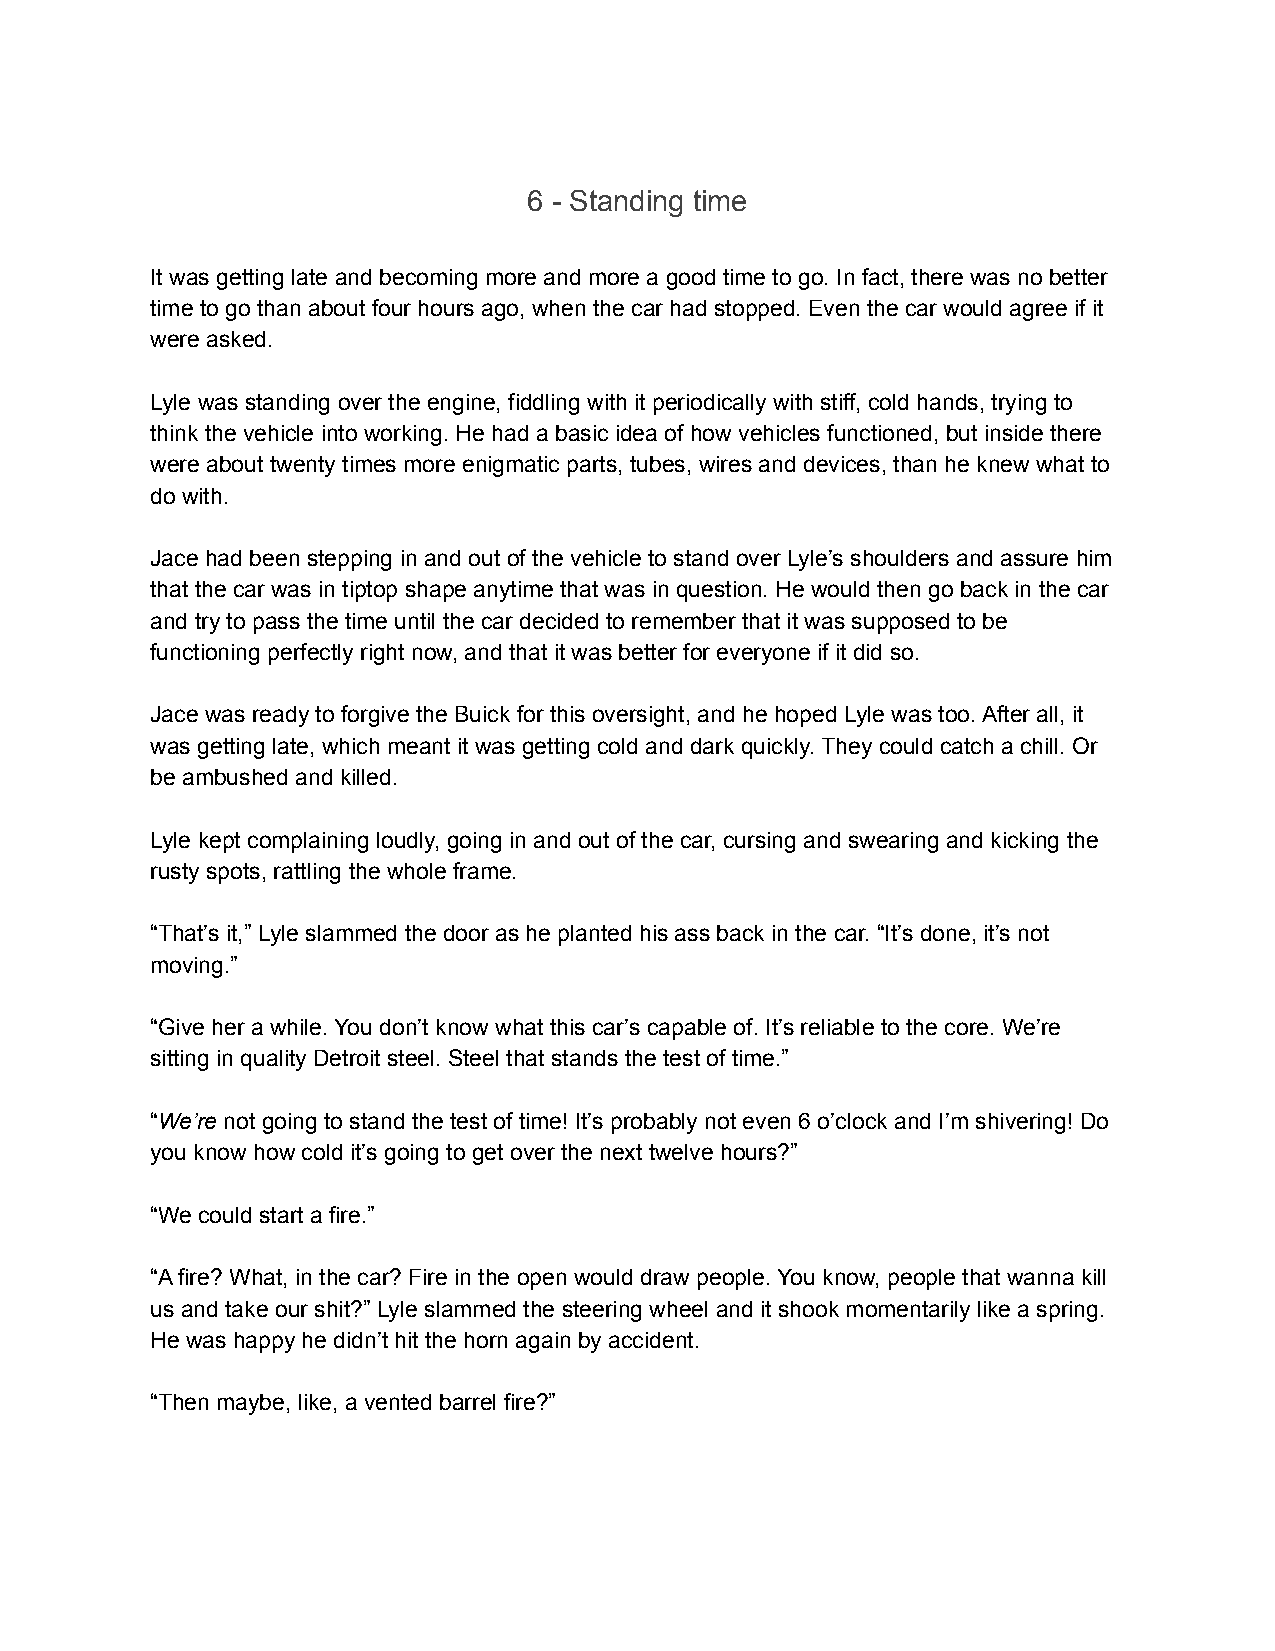
6 - Standing time
 It was getting late and becoming more and more a good time to go. In fact, there was no better
 time to go than about four hours ago, when the car had stopped. Even the car would agree if it
 were asked.
 Lyle was standing over the engine, fiddling with it periodically with stiff, cold hands, trying to
 think the vehicle into working. He had a basic idea of how vehicles functioned, but inside there
 were about twenty times more enigmatic parts, tubes, wires and devices, than he knew what to
 do with.
 Jace had been stepping in and out of the vehicle to stand over Lyle’s shoulders and assure him
 that the car was in tiptop shape anytime that was in question. He would then go back in the car
 and try to pass the time until the car decided to remember that it was supposed to be
 functioning perfectly right now, and that it was better for everyone if it did so.
 Jace was ready to forgive the Buick for this oversight, and he hoped Lyle was too. After all, it
 was getting late, which meant it was getting cold and dark quickly. They could catch a chill. Or
 be ambushed and killed.
 Lyle kept complaining loudly, going in and out of the car, cursing and swearing and kicking the
 rusty spots, rattling the whole frame.
 “That’s it,” Lyle slammed the door as he planted his ass back in the car. “It’s done, it’s not
 moving.”
 “Give her a while. You don’t know what this car’s capable of. It’s reliable to the core. We’re
 sitting in quality Detroit steel. Steel that stands the test of time.”
 “We’re not going to stand the test of time! It’s probably not even 6 o’clock and I’m shivering! Do
 you know how cold it’s going to get over the next twelve hours?”
 “We could start a fire.”
 “A fire? What, in the car? Fire in the open would draw people. You know, people that wanna kill
 us and take our shit?” Lyle slammed the steering wheel and it shook momentarily like a spring.
 He was happy he didn’t hit the horn again by accident.
 “Then maybe, like, a vented barrel fire?”